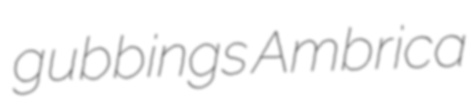
gubbings Ambrica